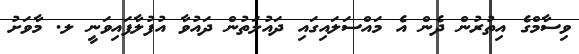
ވިސާމްގެ އިތުރުން ދެން އެ މައްސަލައިގައި ދައުލަތުން ދައުވާ އުފުލާފައިވަނީ ލ. މާވަށު